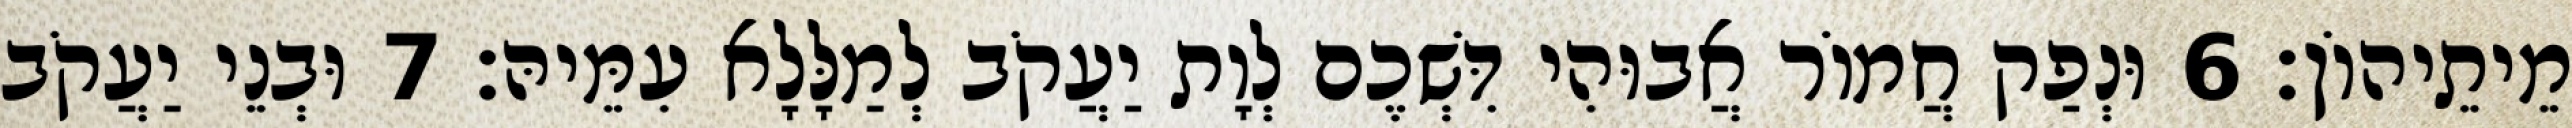
מֵיתֵיהוֹן׃ 6 וּנְפַק חֲמוֹר אֲבוּהִי דִּשְׁכֶם לְוָת יַעֲקֹב לְמַלָּלָא עִמֵּיהּ׃ 7 וּבְנֵי יַעֲקֹב